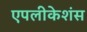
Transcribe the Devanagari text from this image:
एपलीकेशंस